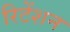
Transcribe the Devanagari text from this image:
रिटेंशन